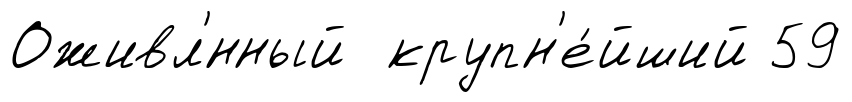
Оживл'́нный крупн'е́йший 59